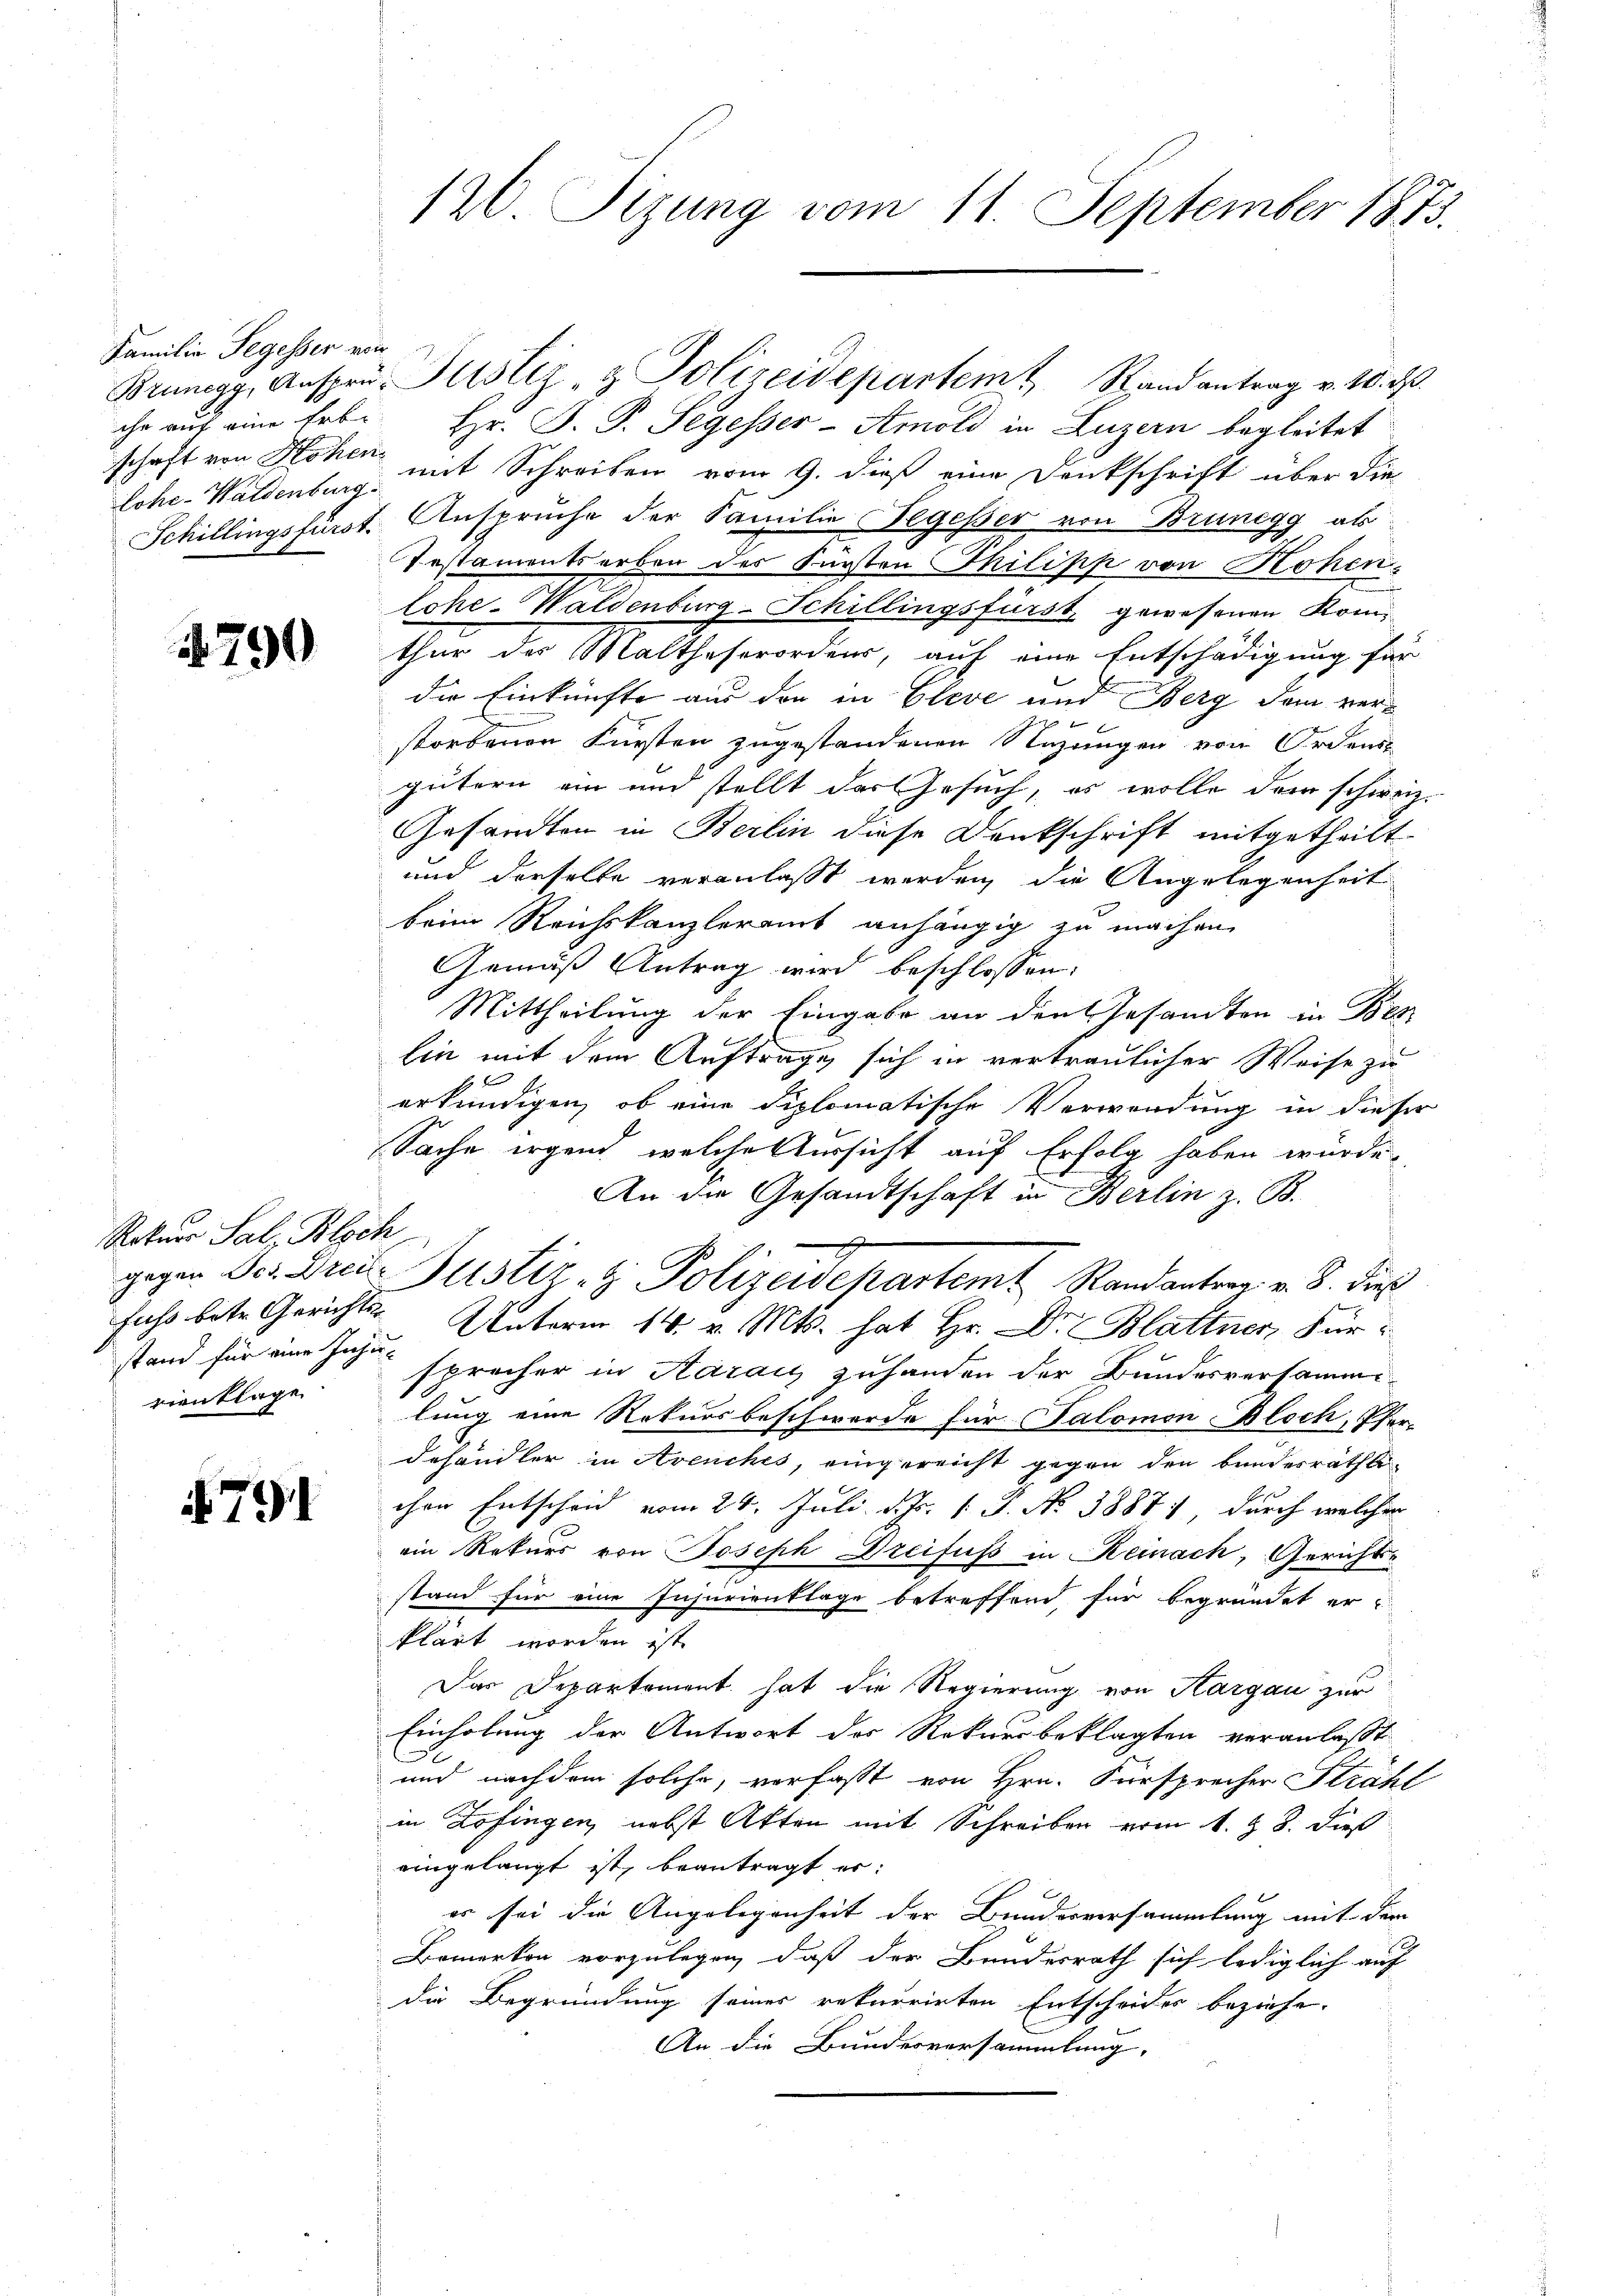
Familie Segesser von
Johe-Waldenburg.

1790

Rokur Salz Bloch
fuss betr. Gerichts
rienklage

if. 791

120. Sizung vom 11. September 1873.

che auf eine Erbe Hr. P. P. Segesser-Amold in Luzern begleitet
schaft von Hohen mit Schreiben vom 9. dieß eine Denkschrift über die
Schillingsfürst. Anspruche der Familie Segesser von Brunegg als
Testamentserben des Fürsten Philipp von Hohen
lohe-Waldenburg-Schillingsfürst, gewesenen Komthur der Malthaserordens, auf eine Entschädigung für
die Einkünfte aus den in Cleve und Berg dem ver¬
 f
b
storbenen Fürsten zugestandenen Nazungen von Ordens
gütern ein und stellt der Gesuch, es wolle dem schweiz.
Gesandten in Berlin diese Dankschrift mitgetheilt
und derselbe veranlaßt werden, die Angelegenheit
beim Reichskanzleramt anhängig zu machen.
Gemäß Antrag wird beschlossen:
Mittheilung der Eingabe an den Gesandten in Bes
lin mit dem Auftrage sich in vertraulicher Weise zu
8
erkundigen, ob eine diplomatische Verwendung in dieser
Sache irgend, welche Aussicht auf Erfolg haben würde.
An die Gesandtschaft in Berlin z. B.
u
gegen Jes. Dreise Justiz- & Polizeidepartem Randantrag v. 8. dieß
stand für eine Inju-Unterm 14. v. Mts. hat Hr. Dr Blattner Fürsprecher in Aaraus zuhanden der Bundesversammelung eine Rekursbeschwerde für Salomon Bloch, Pfer-
dehändler in Avenches, eingereicht gegen den bundesräthli
chen Entscheid vom 24. Juli d. Js. 1. 3. No 3887), durch welcher
ein Rekurs von Joseph Dreifuss in Reinach, Gerichtsstand für eine Insurienklage betreffend für begründet erklärt worden ist.
Das Departement hat die Regierung von Aargau zur
Einholung der Antwort des Rekursbeklagten veranlaßt
und nachdem solche, verfasst von Hrn. Fürsprecher Strahl
in Zofingen, nebst Akten mit Schreiben vom 1. & 8. dieß
eingelangt ist, beantragt er:
es sei die Angelegenheit der Bunderversammlung mit dem
Bemerken vorzulegen, daß der Bundesrath sich lediglich auf
die Begründung seiner rekurrirten Entscheides beziehe.
An die Bundesversammlung,

Brunegg, Anspru- Justiz- & Polizeidepartemt Randantrag v. 10. ds.